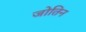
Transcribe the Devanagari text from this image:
जोतिन